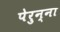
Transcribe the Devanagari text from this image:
पेरुन्ना